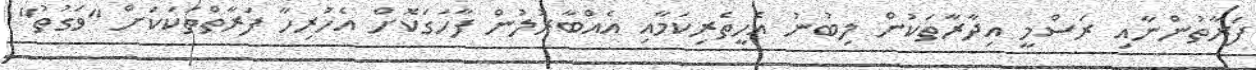
ފަރާތުންނާއި ރަސްމީ އިދާރާތަކުން ލިބުނު އެހީތެރިކަމާއި އެއްބާރުލުން ފާހަގަކޮށް އެހުރިހާ ފަރާތްތަކަކަށް "ވަގުތު"